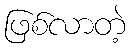
ဖြစ်လာတဲ့